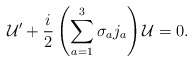
\begin{align*}{\cal U}^\prime+ {i\over 2}\left(\sum_{a=1}^{3}\sigma_aj_a\right){\cal U}=0.\end{align*}